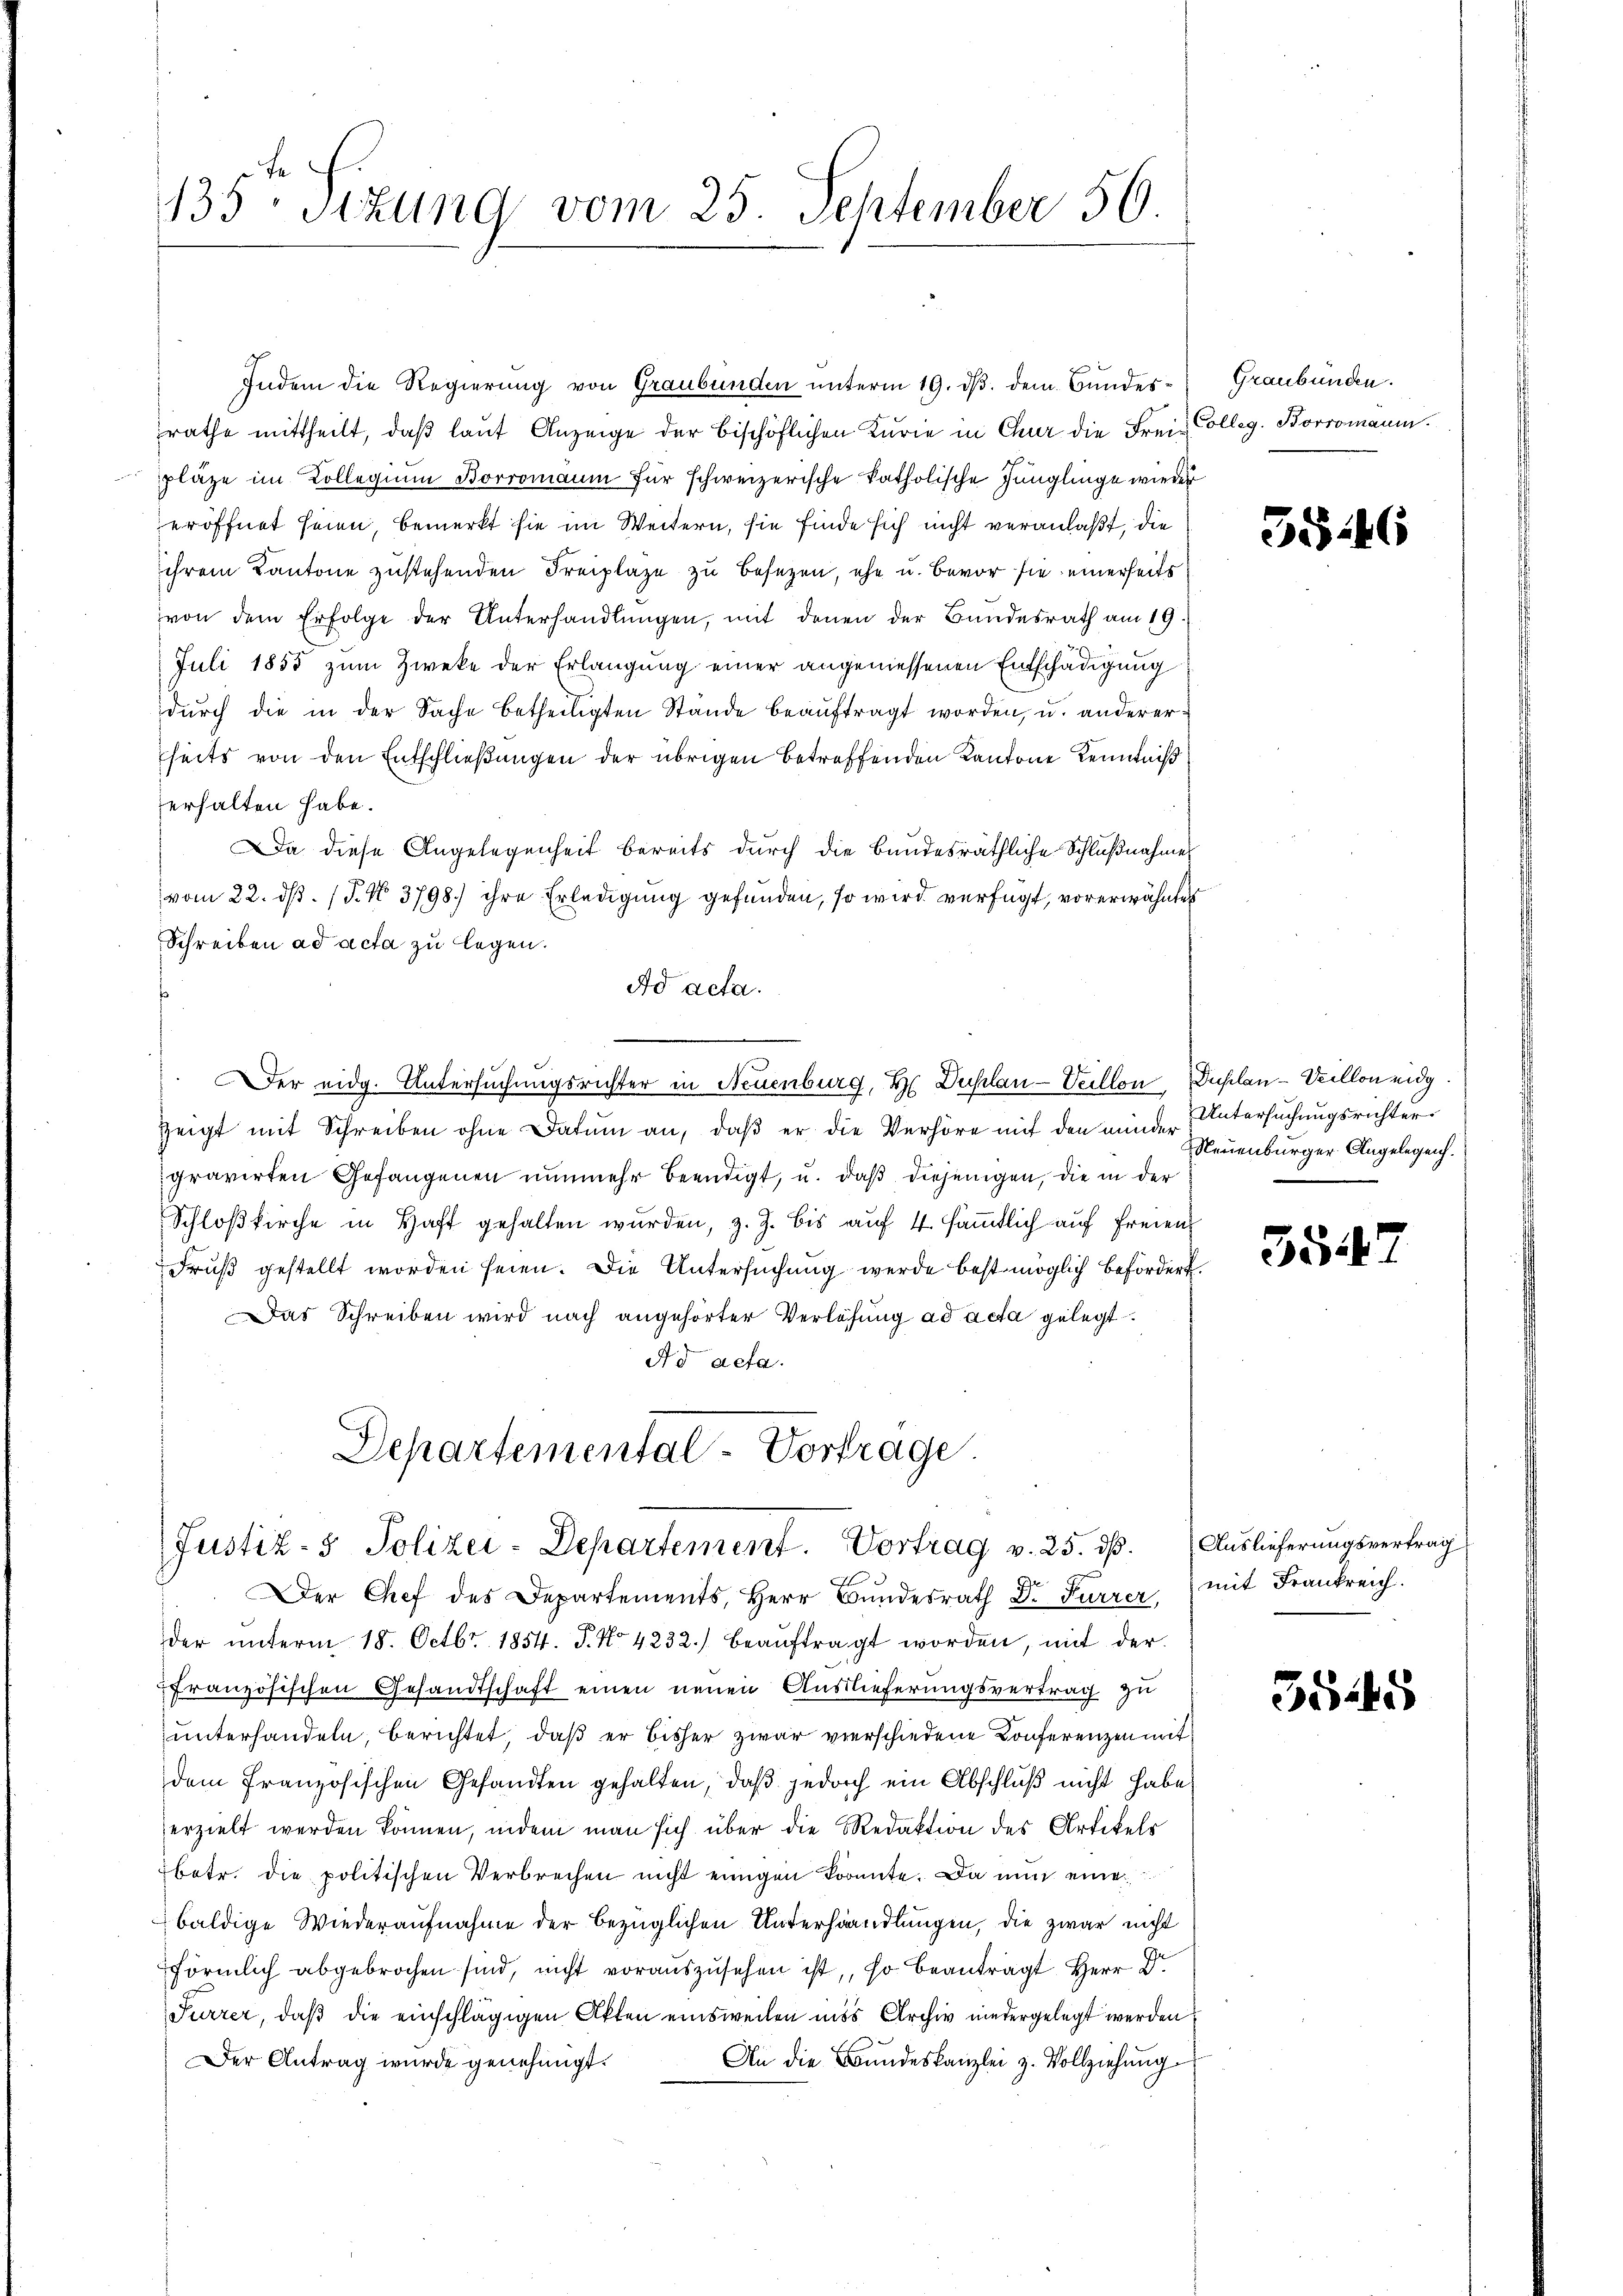
135te Sitzung vom 25. September 50.

rathe mittheilt, daß laut Anzeige der bischöflichen Kurie in Chur die Frei Colleg. Borromann.
pläze im Kollegium Borromann für schweizerische katholische Jünglinge wieder
eröffnet seien, bemerkt sie im Weitern, sie finde sich nicht veranlaßt, die
ihrem Kantone zustehenden Freiplaze zu besezen, ehe u. bevor sie einerseits
von dem Erfolge der Unterhandlŭngen, mit denen der Bundesrath am 19.
Juli 1855 zum Zweke der Erlangung einer angemessenen Entschädigung
dŭrch die in der Sache betheiligten Stände beaŭftragt worden, u. andererseits von den Entschließungen der übrigen betreffenden Kantone Kenntniß
erhalten habe.
Da diese Angelegenheit bereits durch die Bundesräthliche Schlußnahmes
vom 22. ds. (T. No. 3798.) ihre Erledigung gefunden, so wird verfügt, vorerwähnte
Schreiben ad acta zu legen.
Ad acta.
. Der eidg. Untersuchungsrichter in Neuenburg, Hr. Duplan -Veillon, Duplan -Veillon eidg.
zeigt mit Schreiben ohne Datum an, daβ er die Verhöre mit den minder
gravirten Gefangenen nunmehr beendigt, u. daß diejenigen, die in der
Schloßkirche in Haft gehalten wurden, z. Z. bis auf 4. sämtlich auf freien
Fruß gestellt worden seien. Die Untersuchung werde bestmöglich befördert.
Das Schreiben wird nach angehörter Verlösung ad acta gelegt.
Ad acta.
Departemental-Vortrage.

Indem die Regierung von Graubünden unterm 19. ds. dem Bundes¬

Justiz- & Polizei-Departement. Vortrag v. 25. dß. Auslieferungsvertrag

Graubünden.

Der Chef des Departements, Herr Bundesrath Dr Furrer, mit Frankreich.
der ŭnterm 18. Octbr. 1854. P. No 4232.) beaŭftragt worden, mit der
französischen Gesandtschaft einen neuen Auslieferungsvertrag zu
unterhandeln, berichtet, daß er bisher zwar verschiedene Konferenzen mit
dem französischen Gesandten gehalten, daß jedoch ein Abschluß nicht habe
erzielt werden können, indem man sich über die Redaktion des Artikels
betr. die politischen Verbrechen nicht einigen konnte. Da nun eine
baldige Wiederaufnahme der bezüglichen Unterhandlungen, die zwar nicht
förmlich abgebrochen sind, nicht vorauszusehen ist, so beantragt Herr Dr.
Furrer, daβ die einschlägigen Akten einsweilen unss Archiv niedergelegt werden.
An die Bundeskanzlei z. Vollziehung
Der Antrag wurde genehmigt.

3546

Untersuchungsrichter.
Neuenburger Angelegen.

554

3545